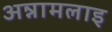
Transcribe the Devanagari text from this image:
अन्नामलाइ